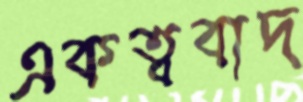
একত্ববাদ